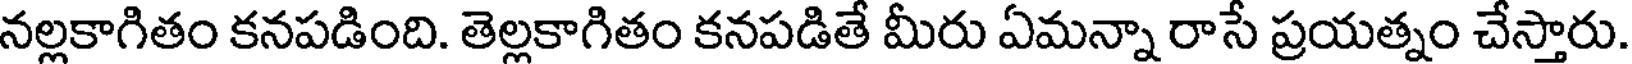
నల్లకాగితం కనపడింది. తెల్లకాగితం కనపడితే మీరు ఏమన్నా రాసే ప్రయత్నం చేస్తారు.